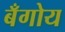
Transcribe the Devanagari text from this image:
बँगोय